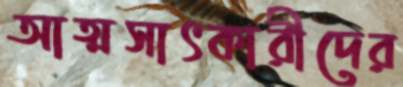
আত্মসাৎকারীদের